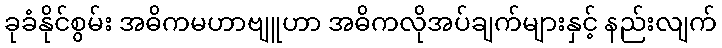
ခုခံနိုင်စွမ်း အဓိကမဟာဗျူဟာ အဓိကလိုအပ်ချက်များနှင့် နည်းလျက်